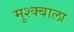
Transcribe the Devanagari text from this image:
मुश्क्बाला